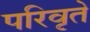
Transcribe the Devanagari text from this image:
परिवृते